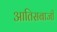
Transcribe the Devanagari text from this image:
आतिसबाजी